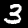
Label: 3